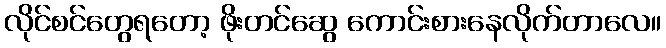
လိုင်စင်တွေရတော့ ဖိုးတင်ဆွေ ကောင်းစားနေလိုက်တာလေ။